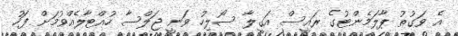
އެ ވަގުތު ޕާލަމެންޓުގެ ރައީސް އަގީލާ ސޯލިހު ވަނީ ޖަލްސާ ހުއްޓާލެއްވުމަށް ފަހު